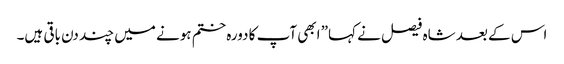
اس کے بعد شاہ فیصل نے کہا” ابھی آپ کا دورہ ختم ہونے میں چند دن باقی ہیں۔